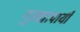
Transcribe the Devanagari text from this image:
गुन्ह्यापायी